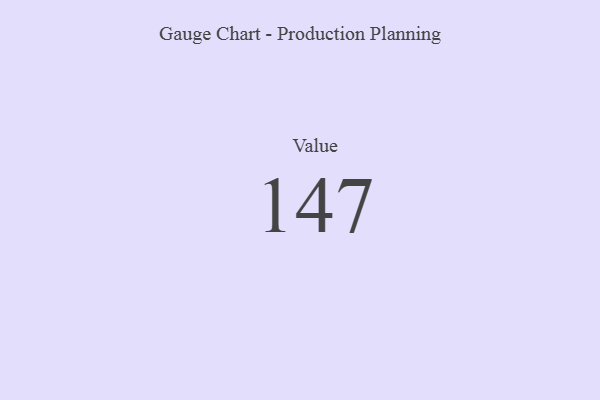
{"axis": {"x": "Metric", "y": "Value"}, "legend": [""], "data": [{"x": "Value", "y": 147, "type": ""}]}